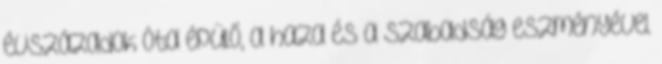
évszázadok óta épülő, a haza és a szabadság eszményével